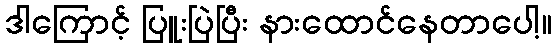
ဒါကြောင့် ပြူးပြဲပြီး နားထောင်နေတာပေါ့။